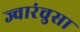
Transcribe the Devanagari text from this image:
ज्वारंचुसा